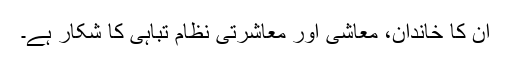
ان کا خاندان، معاشی اور معاشرتی نظام تباہی کا شکار ہے۔